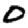
Digit: 0